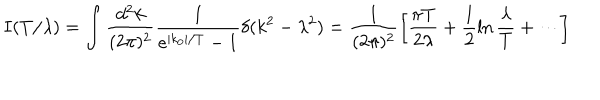
LaTeX: I ( T / \lambda ) = \int \frac { d ^ { 2 } k } { ( 2 \pi ) ^ { 2 } } \frac { 1 } { e ^ { | k _ { 0 } | / T } - 1 } \delta ( k ^ { 2 } - \lambda ^ { 2 } ) = \frac { 1 } { ( 2 \pi ) ^ { 2 } } \left[ \frac { \pi T } { 2 \lambda } + \frac { 1 } { 2 } \ln \frac { \lambda } { T } + \cdots \right]